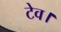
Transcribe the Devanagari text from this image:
टेव।